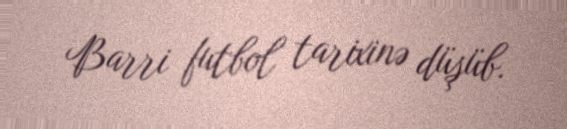
Barri futbol tarixinə düşüb.